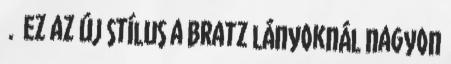
. Ez az új stílus a Bratz lányoknál nagyon